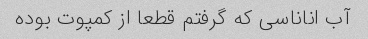
آب اناناسی که گرفتم قطعا از کمپوت بوده